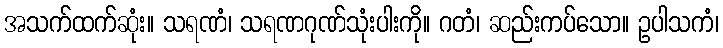
အသက်ထက်ဆုံး။ သရဏံ၊ သရဏဂုဏ်သုံးပါးကို။ ဂတံ၊ ဆည်းကပ်သော။ ဥပါသကံ၊